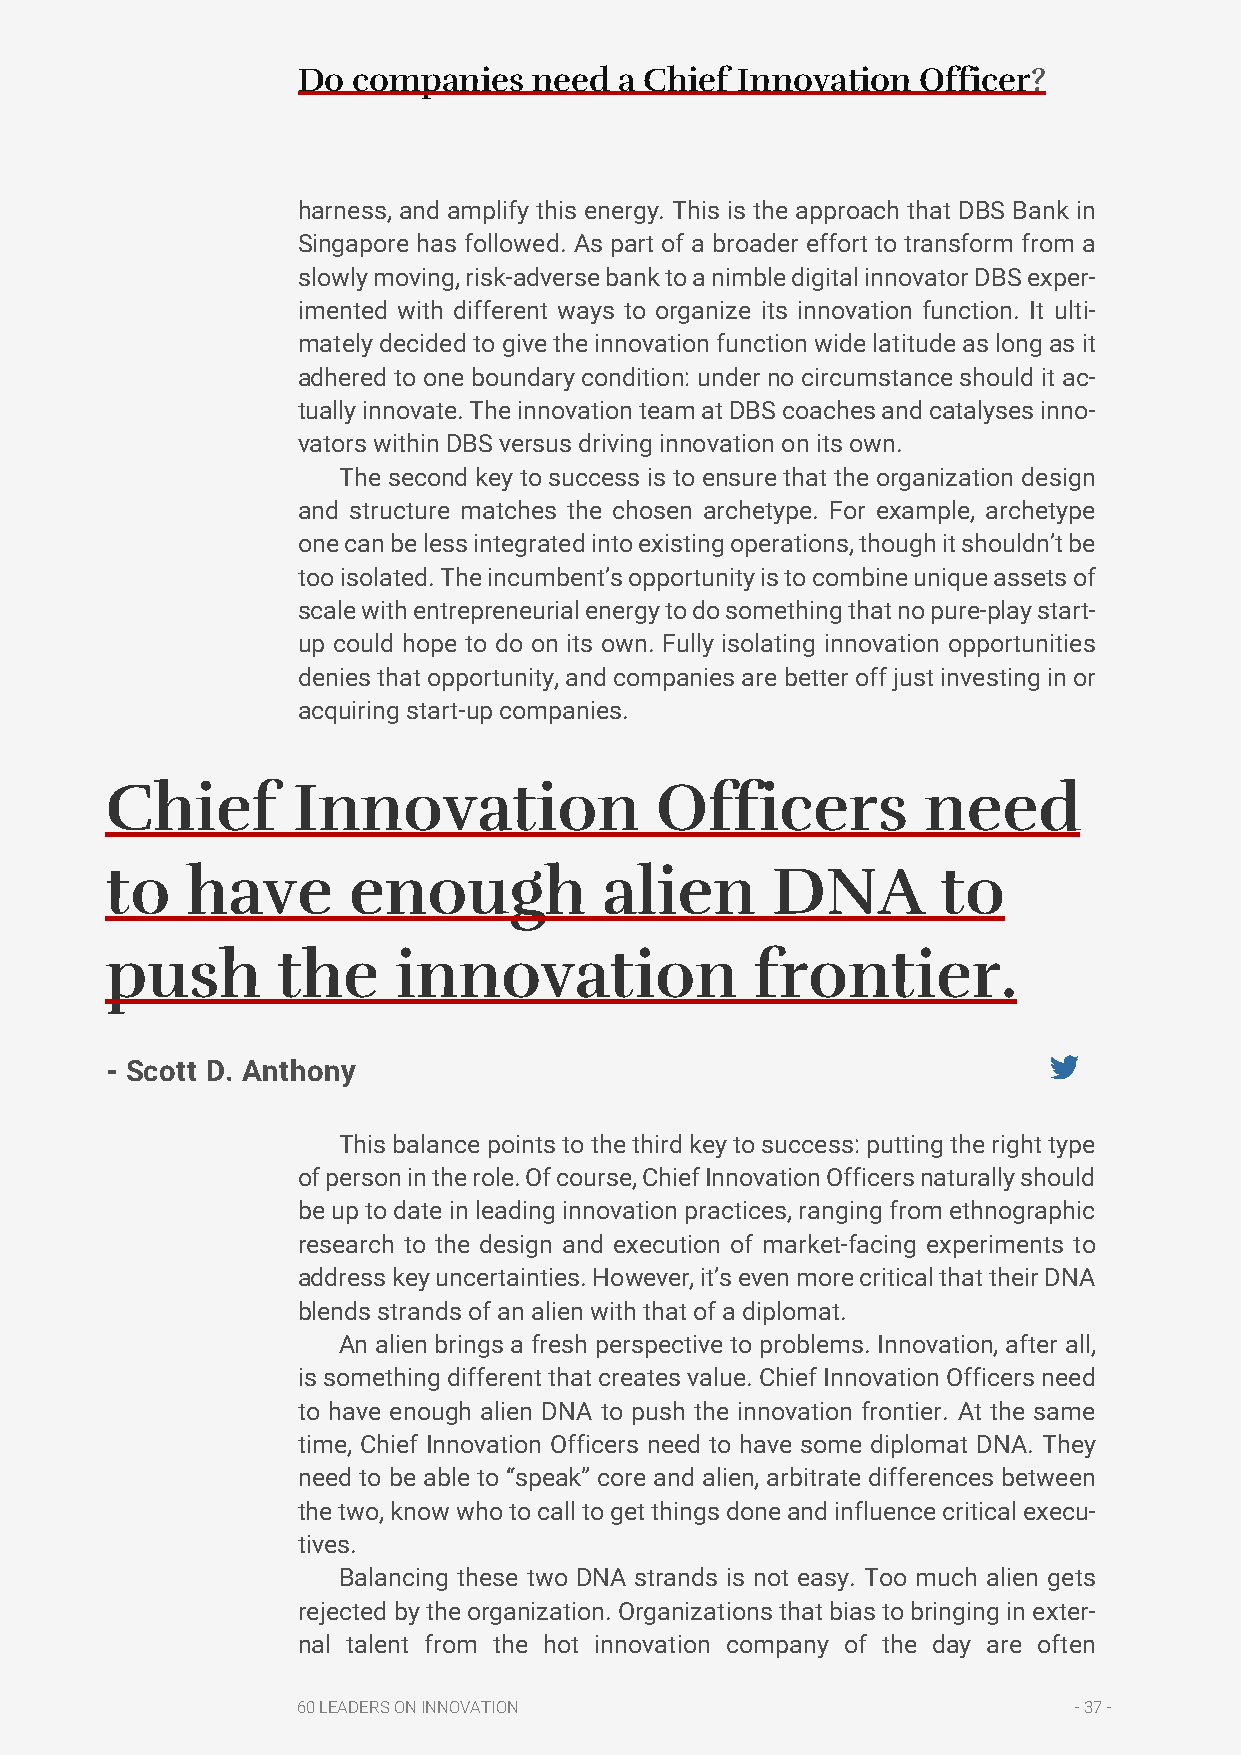
Do companies   need  a Chief Innovation  Officer?
 harness, and amplify this energy. This is the approach that DBS Bank in
 Singapore has followed. As part of a broader effort to transform from a
 slowly moving, risk-adverse bank to a nimble digital innovator DBS exper-
 imented with different ways to organize its innovation function. It ulti-
 mately decided to give the innovation function wide latitude as long as it
 adhered to one boundary condition: under no circumstance should it ac-
 tually innovate. The innovation team at DBS coaches and catalyses inno-
 vators within DBS versus driving innovation on its own.
 The second key to success is to ensure that the organization design
 and structure matches the chosen archetype. For example, archetype
 one can be less integrated into existing operations, though it shouldn’t be
 too isolated. The incumbent’s opportunity is to combine unique assets of
 scale with entrepreneurial energy to do something that no pure-play start-
 up could hope to do on its own. Fully isolating innovation opportunities
 denies that opportunity, and companies are better off just investing in or
 acquiring start-up companies.
 Chief       Innovation              Officers          need
 to   have       enough           alien      DNA        to
 push       the     innovation              frontier.
 - Scott D. Anthony
 This balance points to the third key to success: putting the right type
 of person in the role. Of course, Chief Innovation Officers naturally should
 be up to date in leading innovation practices, ranging from ethnographic
 research to the design and execution of market-facing experiments to
 address key uncertainties. However, it’s even more critical that their DNA
 blends strands of an alien with that of a diplomat.
 An alien brings a fresh perspective to problems. Innovation, after all,
 is something different that creates value. Chief Innovation Officers need
 to have enough alien DNA to push the innovation frontier. At the same
 time, Chief Innovation Officers need to have some diplomat DNA. They
 need to be able to “speak” core and alien, arbitrate differences between
 the two, know who to call to get things done and influence critical execu-
 tives.
 Balancing these two DNA strands is not easy. Too much alien gets
 rejected by the organization. Organizations that bias to bringing in exter-
 nal talent from the hot innovation company of the day are often
 60 LEADERS ON INNOVATION                           - 37 -